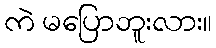
ကဲ မပြောဘူးလား။